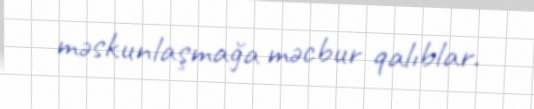
məskunlaşmağa məcbur qalıblar.